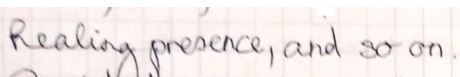
Realing presence, and so on.